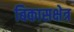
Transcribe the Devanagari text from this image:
बिकासक्षेत्र